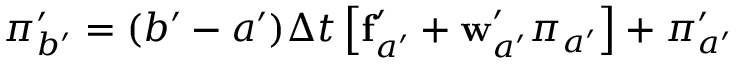
\boldsymbol { \pi } _ { b ^ { \prime } } ^ { \prime } = ( b ^ { \prime } - a ^ { \prime } ) \Delta t { } \left[ \mathbf { f } _ { a ^ { \prime } } ^ { \prime } + \mathbf { w } _ { a ^ { \prime } } ^ { \prime } \boldsymbol { \pi } _ { a ^ { \prime } } \right] + \boldsymbol { \pi } _ { a ^ { \prime } } ^ { \prime }